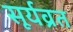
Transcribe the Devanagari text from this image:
सूर्यव्रत